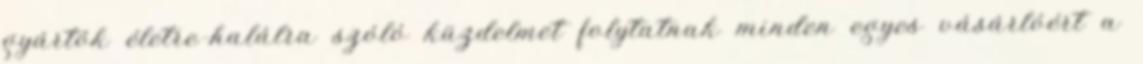
gyártók életre-halálra szóló küzdelmet folytatnak minden egyes vásárlóért a